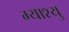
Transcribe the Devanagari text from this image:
म्याश्यु